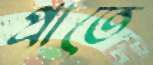
প্রাতে